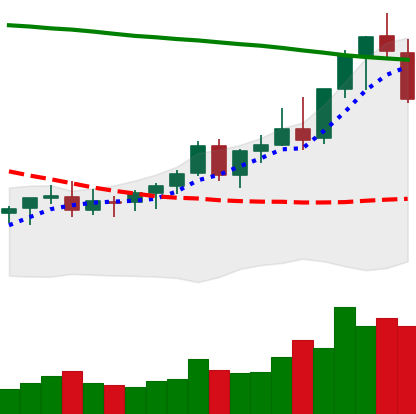
Ticker: EOS-USD
Chart end date: 2021-08-17
Forward return: 7.23%
Label: up_7plus